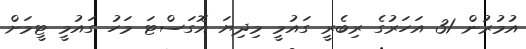
އުމުރުން 31 އަހަރުގެ ރިބެރީ ގައުމީ މިދިޔަ އޮގަސްޓަ މަހު ގައުމީ ޓީމަށް